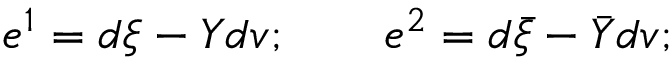
e ^ { 1 } = d \xi - Y d v ; \qquad e ^ { 2 } = d \bar { \xi } - \bar { Y } d v ;